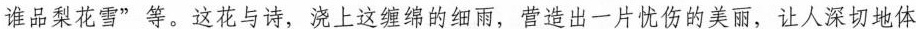
谁品梨花雪”等。这花与诗，浇上这缠绵的细雨，营造出一片忧伤的美丽，让人深切地体